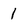
Character: 1